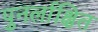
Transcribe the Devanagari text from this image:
पुनर्लाक्षित